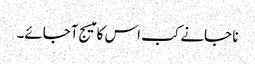
نا جانے کب اس کا میسج آجائے۔